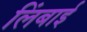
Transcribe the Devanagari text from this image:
लिंबाई